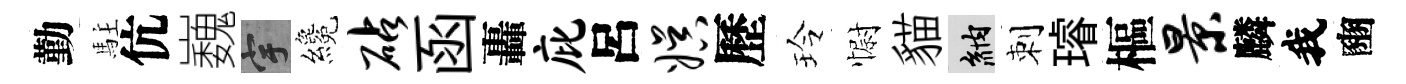
勤駐伉巍宇纔砧函轟庇呂娱歷玲𢠢貓納刺璿樞景麟我豳